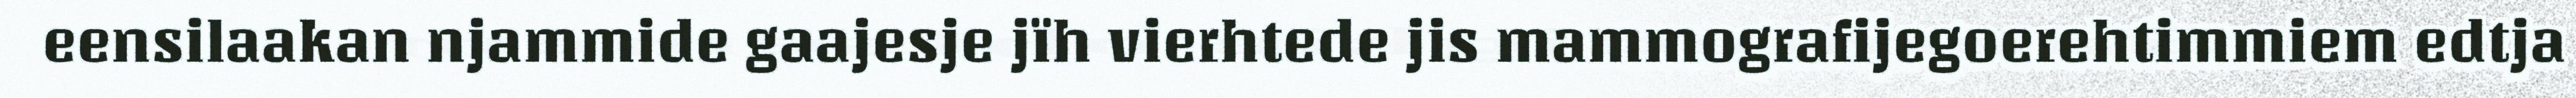
eensilaakan njammide gaajesje jïh vierhtede jis mammografijegoerehtimmiem edtja